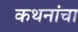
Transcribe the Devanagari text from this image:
कथनांचा